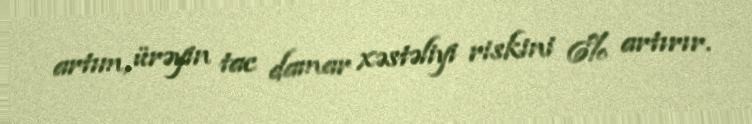
artım, ürəyin tac damar xəstəliyi riskini 6% artırır.